Punjab Mental Hospital Lahore 1922-31 - 1922-1931
Year: 1922
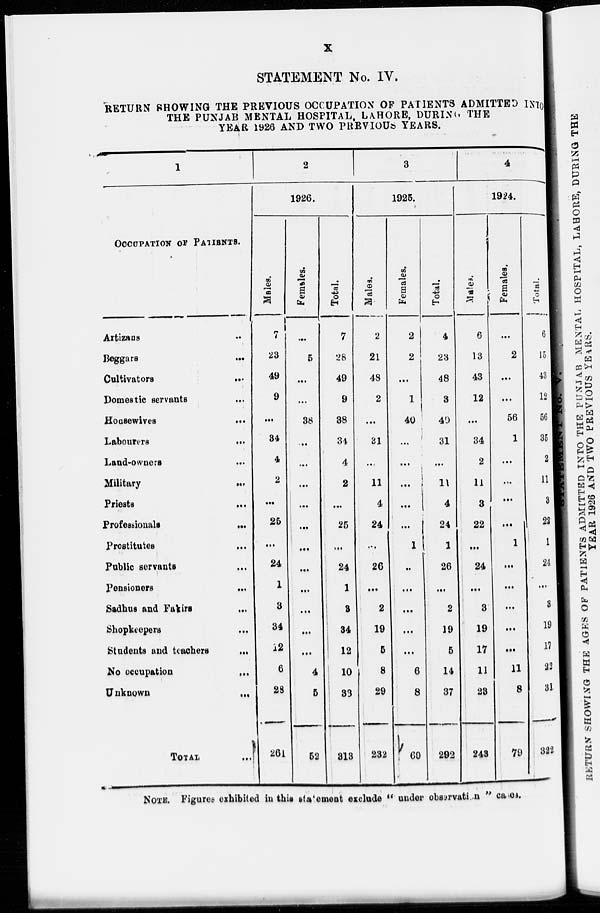
x
STATEMENT No. IV.
RETURN SHOWING THE PREVIOUS OCCUPATION OF PATIENTS ADMITTED INTO
THE PUNJAB MENTAL HOSPITAL, LAHORE, DURING THE
YEAR 1926 AND TWO PREVIOUS YEARS.
1
OCCUPATION OF PATIENTS.
Artizans ...
Beggars ...
Cultivators
...
Domestic servants ...
Housewives
...
Labourers
...
Land-owners
...
Military ...
Priests
...
Professionals
...
Prostitutes
...
Public servants ...
Pensioners ...
Sadhus and Fakirs
...
Shopkeepers
...
Students and teachers
...
No occupation
...
Unknown
...
TOTAL ...
2
1926.
Males.
7
23
49
9
...
34
4
2
...
25
...
24
1
3
34
12
6
28
261
Females.
...
5
...
...
38
...
...
...
...
...
...
...
...
...
...
...
4
5
52
Total.
7
28
49
9
38
34
4
2
...
25
...
24
1
3
34
12
10
33
313
3
1925.
Males.
2
21
48
2
...
31
...
11
4
24
...
26
...
2
19
5
8
29
232
Females.
2
2
...
1
40
...
...
...
...
...
1
...
...
...
...
...
6
8
60
Total.
4
23
48
3
40
31
...
11
4
24
1
26
...
2
19
5
14
37
292
4
1924.
Males.
6
13
43
12
...
34
2
11
3
22
...
24
...
3
19
17
11
23
243
Females.
...
2
...
...
56
1
...
...
...
...
1
...
...
...
...
...
11
8
79
Total.
6
15
43
12
56
35
2
11
3
22
1
24
...
3
19
17
22
31
322
NOTE.—Figures exhibited in this statement exclude " under observation " cases.